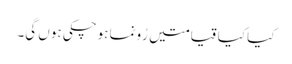
کیا کیا قیامتیں رُونما ہوچکی ہوں گی۔